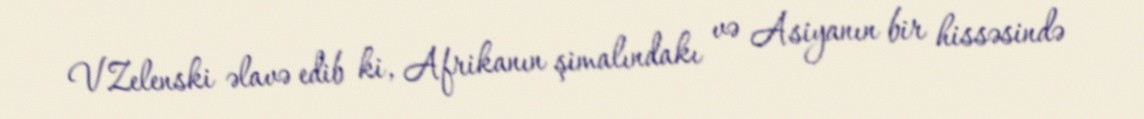
V.Zelenski əlavə edib ki, Afrikanın şimalındakı və Asiyanın bir hissəsində